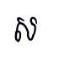
ស